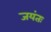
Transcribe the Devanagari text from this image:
जयंतः